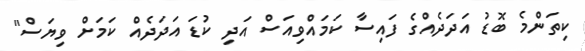
ކިތަންމެ ބޮޑު އަދަދެއްގެ ފައިސާ ކަމައްވިއަސް އަދި ކުޑަ އަދަދެއް ކަމަށް ވިޔަސް"